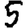
Digit: 5